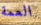
العمة